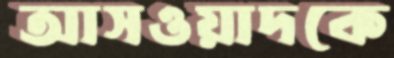
আসওয়াদকে